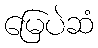
မြေပဲဆံ